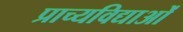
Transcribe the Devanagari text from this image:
प्राच्यविद्याओं